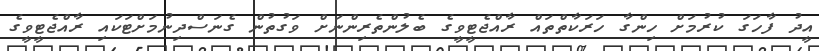
އީދު ފާހަގަ ކުރުމަށް ހިންގާ ހަރަކާތްތައް ރާއްޖެޓީވީގެ ބެލުންތެރިންނަށް ވަގުތުން ގެނަސްދިނުމަށްޓަކައި ރާއްޖެޓީވީގެ